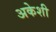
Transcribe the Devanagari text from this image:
अकेशी